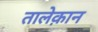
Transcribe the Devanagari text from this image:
तालेक़ान